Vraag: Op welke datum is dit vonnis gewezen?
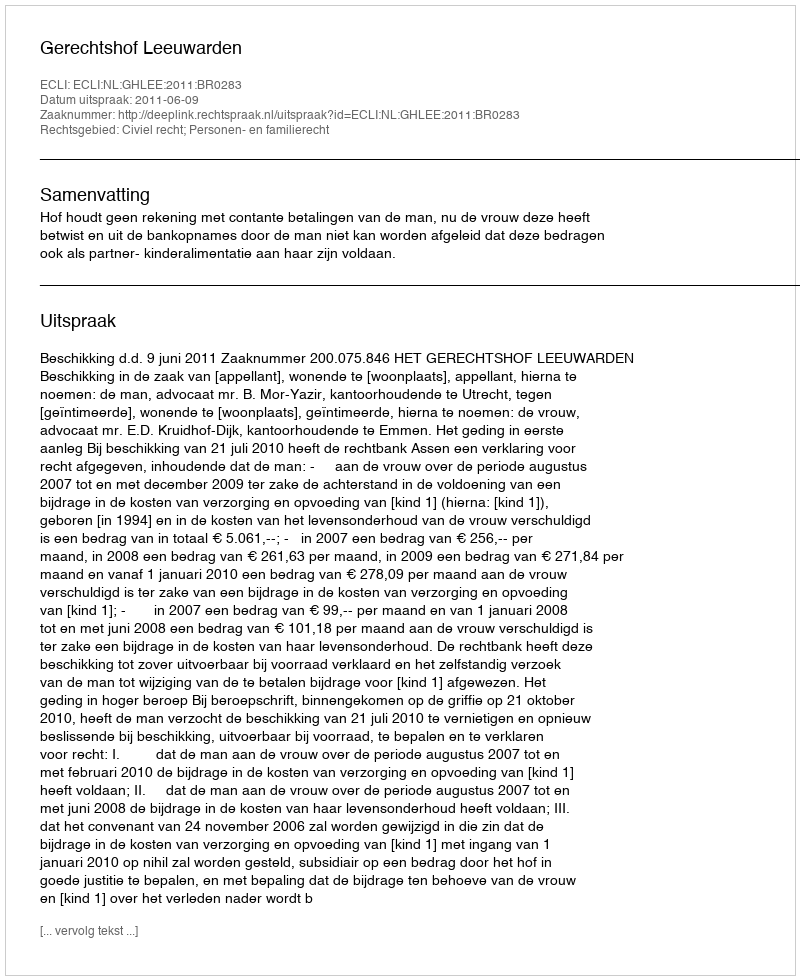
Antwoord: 2011-06-09